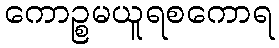
ကောဉ္စမယူရစကောရ